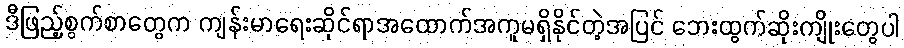
ဒီဖြည့်စွက်စာတွေက ကျန်းမာရေးဆိုင်ရာအထောက်အကူမရှိနိုင်တဲ့အပြင် ဘေးထွက်ဆိုးကျိုးတွေပါ